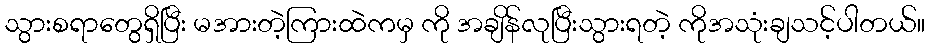
သွားစရာတွေရှိပြီး မအားတဲ့ကြားထဲကမှ ကို အချိန်လုပြီးသွားရတဲ့ ကိုအသုံးချသင့်ပါတယ်။